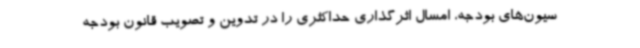
سیون‌های بودجه، امسال اثرگذاری حداکثری را در تدوین و تصویب قانون بودجه